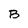
Character: B